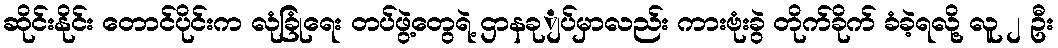
ဆိုင်းနိုင်း တောင်ပိုင်းက လုံခြုံရေး တပ်ဖွဲ့တွေရဲ့ ဌာနခုျပ်မှာလည်း ကားဗုံးခွဲ တိုက်ခိုက် ခံခဲ့ရလို့ လူ ၂ ဦး